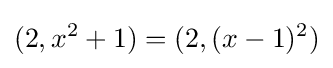
(2,x^{2}+1)=(2,(x-1)^{2})